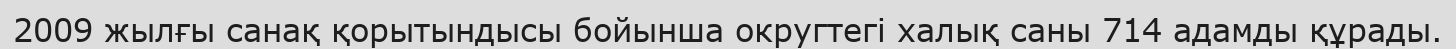
2009 жылғы санақ қорытындысы бойынша округтегі халық саны 714 адамды құрады.